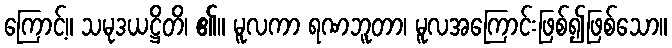
ကြောင့်။ သမုဒယဋ္ဌိတိ၊ ၏။ မူလကာ ရဏဘူတာ၊ မူလအကြောင်းဖြစ်၍ဖြစ်သော။